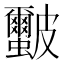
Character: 𭽻